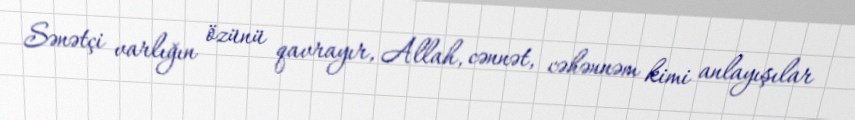
Sənətçi varlığın özünü qavrayır, Allah, cənnət, cəhənnəm kimi anlayışılar